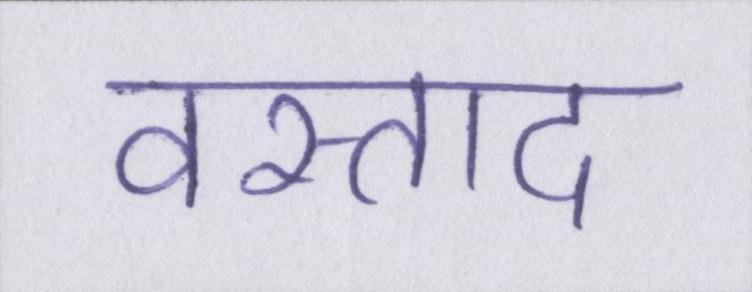
वस्ताद